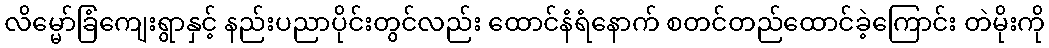
လိမ္မော်ခြံကျေးရွာနှင့် နည်းပညာပိုင်းတွင်လည်း ထောင်နံရံနောက် စတင်တည်ထောင်ခဲ့ကြောင်း တဲမိုးကို